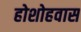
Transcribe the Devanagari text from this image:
होशोहवास